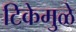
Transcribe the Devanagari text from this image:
टिकेमुळे